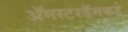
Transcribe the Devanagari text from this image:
ॲमस्टरडॅमकडे